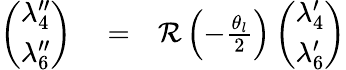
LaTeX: \begin{array}{rlr}{\left(\begin{array}{c}{\lambda_{4}^{\prime\prime}}\\ {\lambda_{6}^{\prime\prime}}\end{array}\right)}&{{}=}&{{\mathcal R}\left(-\frac{\theta_{l}}{2}\right)\left(\begin{array}{c}{\lambda_{4}^{\prime}}\\ {\lambda_{6}^{\prime}}\end{array}\right)}\end{array}